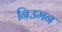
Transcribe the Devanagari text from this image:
निउमन